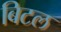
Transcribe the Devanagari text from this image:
बिटल